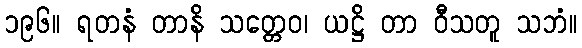
၁၉၆။ ရတနံ တာနိ သတ္တေဝ၊ ယဋ္ဌိ တာ ဝီသတူ သဘံ။